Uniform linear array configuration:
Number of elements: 32
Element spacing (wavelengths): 0.25
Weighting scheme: cosine
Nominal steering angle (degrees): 30
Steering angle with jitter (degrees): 31.34
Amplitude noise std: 0.05
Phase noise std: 0.05

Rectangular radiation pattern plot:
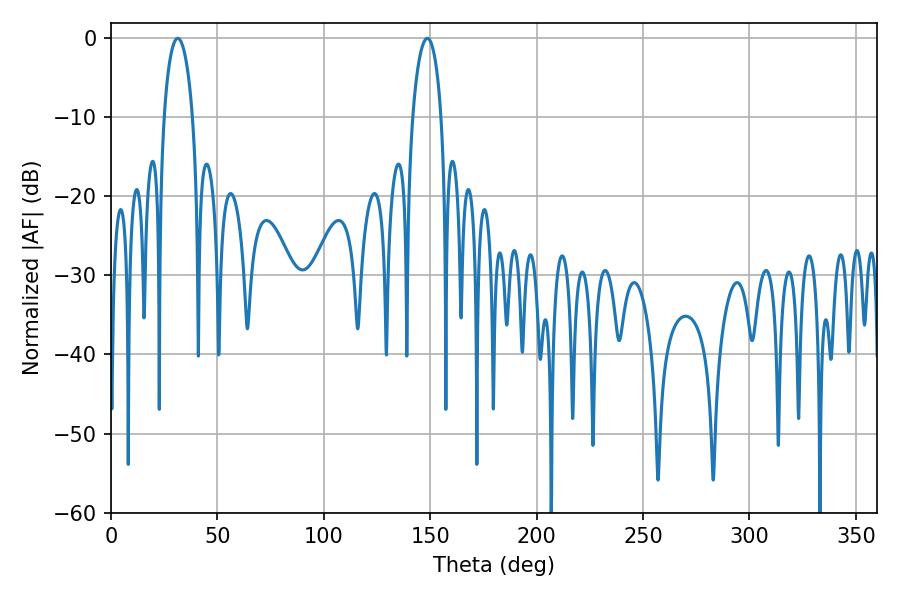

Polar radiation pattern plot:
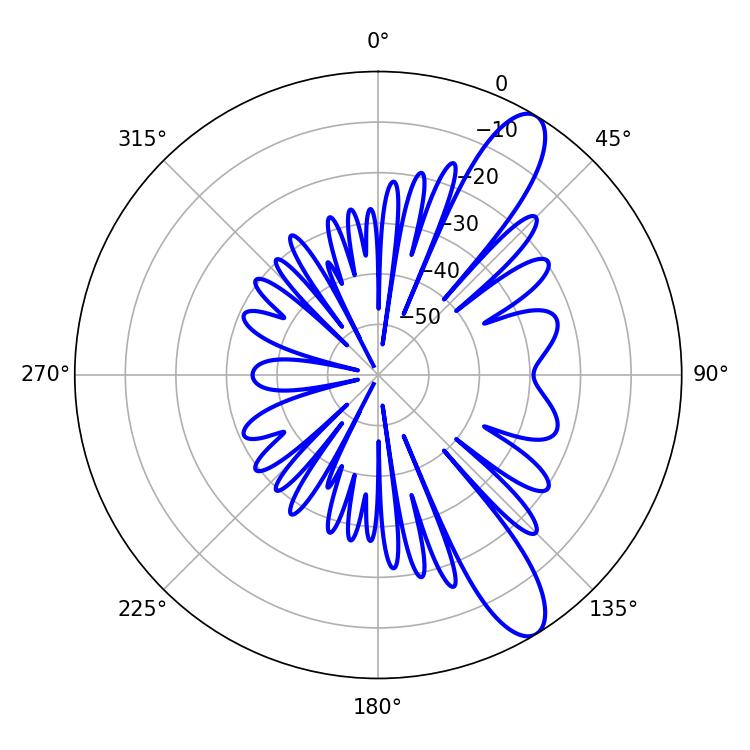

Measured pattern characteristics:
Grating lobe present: FALSE
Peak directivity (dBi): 11.118
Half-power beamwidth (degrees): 7.74
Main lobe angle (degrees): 31.32